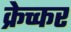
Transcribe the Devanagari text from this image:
क्रेच्कर